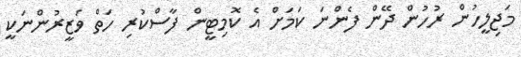
މަޖިލީހުން ރުހުން ދޭން ފެންނަ ކަމަށް އެ ކޮމިޓީން ފާސްކުރި ހަތް ވަޒީރުންނަކީ